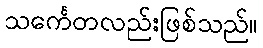
သင်္ကေတလည်းဖြစ်သည်။